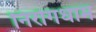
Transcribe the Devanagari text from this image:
निरोगधाम